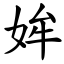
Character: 㛌